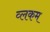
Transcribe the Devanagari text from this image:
व्लकम